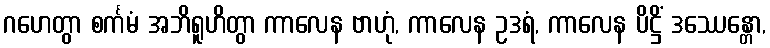
ဂဟေတွာ စင်္ကမံ အဘိရူဟိတွာ ကာလေန ဗာဟုံ, ကာလေန ဥဒရံ, ကာလေန ပိဋ္ဌိံ ဒဿေန္တော,